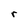
Character: r